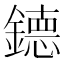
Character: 𮷴